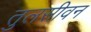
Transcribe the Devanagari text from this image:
तुलसीवन